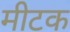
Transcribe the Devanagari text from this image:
मीटक